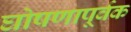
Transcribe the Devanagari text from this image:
घोषणापूर्वक